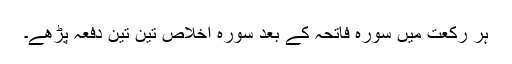
ہر رکعت میں سورہ فاتحہ کے بعد سورہ اخلاص تین تین دفعہ پڑھے۔